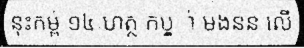
នុះកម្ព់ ១៤ ហត្ថ កប្ម្ា់ មងនន លើ